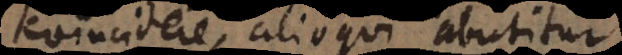
coincidere, alioqui abutitur